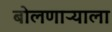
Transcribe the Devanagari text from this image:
बोलणाऱ्याला